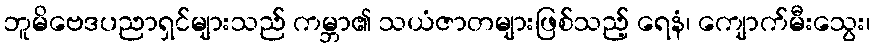
ဘူမိဗေဒပညာရှင်များသည် ကမ္ဘာ၏ သယံဇာတများဖြစ်သည့် ရေနံ၊ ကျောက်မီးသွေး၊